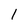
Character: 1